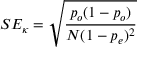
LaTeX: S E _ { \kappa } = { \sqrt { \frac { p _ { o } ( 1 - p _ { o } ) } { N ( 1 - p _ { e } ) ^ { 2 } } } }